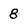
Character: 8